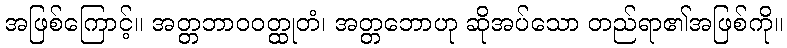
အဖြစ်ကြောင့်။ အတ္တဘာဝဝတ္ထုတံ၊ အတ္တဘောဟု ဆိုအပ်သော တည်ရာ၏အဖြစ်ကို။